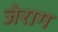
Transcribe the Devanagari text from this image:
जेराग